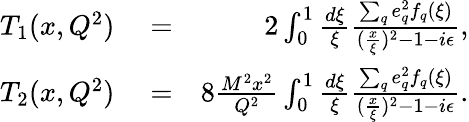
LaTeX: \begin{array}{rlr}{T_{1}(x,Q^{2})}&{{}=}&{2\int_{0}^{1}\frac{d\xi}{\xi}\frac{\sum_{q}e_{q}^{2}f_{q}(\xi)}{(\frac{x}{\xi})^{2}-1-i\epsilon},}\\ {T_{2}(x,Q^{2})}&{{}=}&{8\frac{M^{2}x^{2}}{Q^{2}}\int_{0}^{1}\frac{d\xi}{\xi}\frac{\sum_{q}e_{q}^{2}f_{q}(\xi)}{(\frac{x}{\xi})^{2}-1-i\epsilon}.}\end{array}